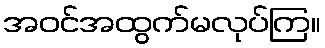
အဝင်အထွက်မလုပ်ကြ။